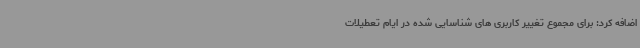
اضافه کرد: برای مجموع تغییر کاربری های شناسایی شده در ایام تعطیلات